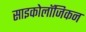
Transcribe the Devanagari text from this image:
साइकोलॉजिकन